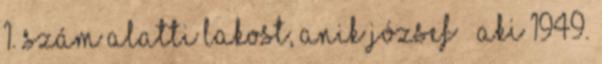
1. szám alatti lakost, Anik József – aki 1949.